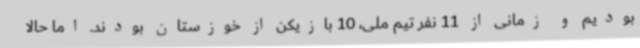
بودیم و زمانی از 11 نفر تیم ملی، 10 بازیکن از خوزستان بودند. اما حالا